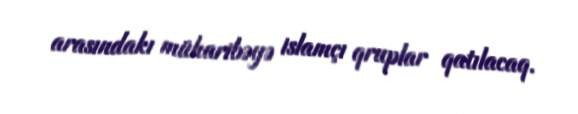
arasındakı müharibəyə islamçı qruplar qatılacaq.